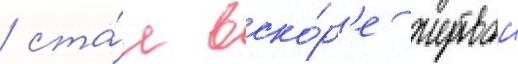
/ ста́л вско́р'е жертвои